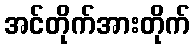
အင်တိုက်အားတိုက်